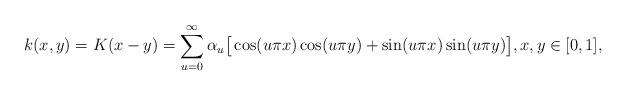
LaTeX: \begin{align*}k(x,y) =K(x-y) = \sum_{u=0}^\infty \alpha_u\big[ \cos(u\pi x)\cos(u\pi y)+\sin(u\pi x)\sin(u\pi y) \big], x, y\in[0,1],\end{align*}